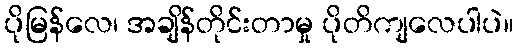
ပိုမြန်လေ၊ အချိန်တိုင်းတာမှု ပိုတိကျလေပါပဲ။